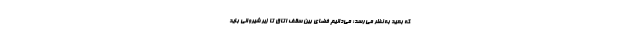
که بعید به نظر می‌رسد؛ می‌دانیم فضای بین سقف اتاق تا زیر شیروانی باید